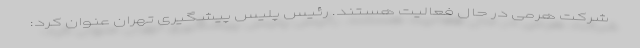
شرکت هرمی در حال فعالیت هستند. رئیس پلیس پیشگیری تهران عنوان کرد: